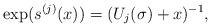
LaTeX: \begin{align*}\exp(s^{(j)}(x))=(U_{j}(\sigma)+x)^{-1},\end{align*}